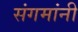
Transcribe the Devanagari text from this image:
संगमांनी